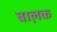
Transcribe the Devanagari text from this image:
बाल़क